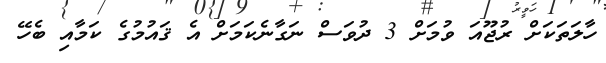
ހާލަތަކަށް ރުޖޫއަ ވުމަށް 3 ދުވަސް ނަގާނެކަމަށް އެ ޤައުމުގެ ކަމާއި ބެހޭ